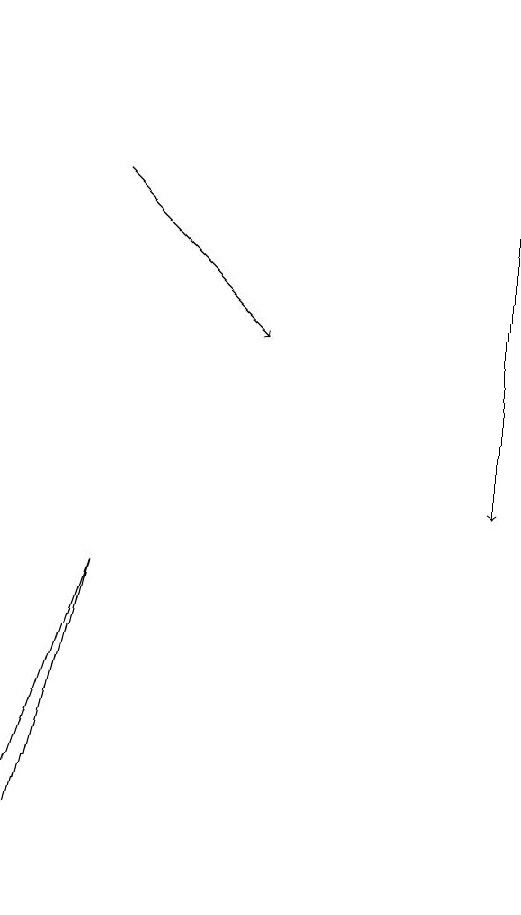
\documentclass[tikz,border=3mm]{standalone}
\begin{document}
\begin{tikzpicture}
\draw[->] (6,16) -- (6,10);
\draw (0,6) -- (1,9) -- (0,5) -- cycle;
\draw[->] (1,14) -- (3,12);
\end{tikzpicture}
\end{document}